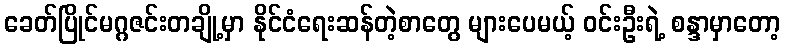
ခေတ်ပြိုင်မဂ္ဂဇင်းတချို့မှာ နိုင်ငံရေးဆန်တဲ့စာတွေ များပေမယ့် ဝင်းဦးရဲ့ စန္ဒာမှာတော့